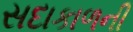
સદાકાળની